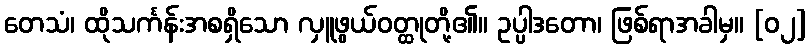
တေသံ၊ ထိုသင်္ကန်းအစရှိသော လှူဖွယ်ဝတ္ထုတို့၏။ ဥပ္ပါဒတော၊ ဖြစ်ရာအခါမှ။ [၀၂]